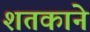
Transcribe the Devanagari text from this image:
शतकाने